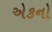
એકનો